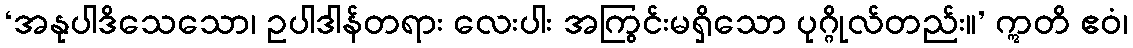
‘အနုပါဒိသေသော၊ ဥပါဒါန်တရား လေးပါး အကြွင်းမရှိသော ပုဂ္ဂိုလ်တည်း။’ ဣတိ ဧဝံ၊